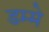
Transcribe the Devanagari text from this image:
डम्मे